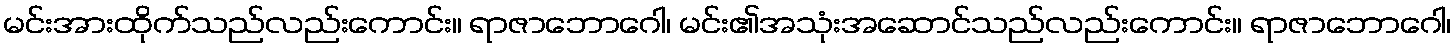
မင်းအားထိုက်သည်လည်းကောင်း။ ရာဇာဘောဂေါ၊ မင်း၏အသုံးအဆောင်သည်လည်းကောင်း။ ရာဇာဘောဂေါ၊